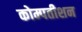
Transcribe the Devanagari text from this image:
कोम्पतीशन